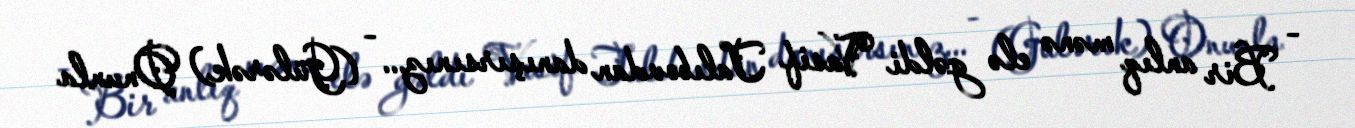
- Bir anlıq mənə elə gəldi Vasif Talıbovdan danışırsınız... - (Gülərək) Onunla